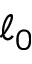
\ell _ { 0 }